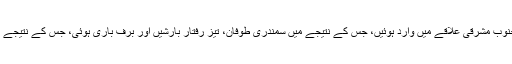
گذشتہ دو دِنوں کے دوران، تیز طوفانی ہوائیں جنوب مشرقی علاقے میں وارد ہوئیں، جس کے نتیجے میں سمندری طوفان، تیز رفتار بارشیں اور برف باری ہوئی، جس کے نتیجے میں ’موبائل گھر‘ الٹ گئے اور تباہی پھیلی ہے۔